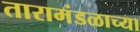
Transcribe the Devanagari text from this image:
तारामंडळाच्या